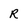
Character: R